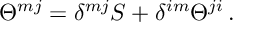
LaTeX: \Theta ^ { m j } = \delta ^ { m j } S + \delta ^ { i m } \Theta ^ { j i } \, .